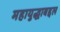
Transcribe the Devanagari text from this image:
महायुद्धाबद्दल